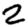
Digit: 2